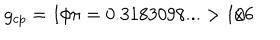
g _ { c p } = 1 / \pi = 0 . 3 1 8 3 0 9 8 . . . > 1 / 6